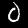
Digit: 0